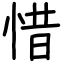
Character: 惜